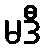
မဒီ